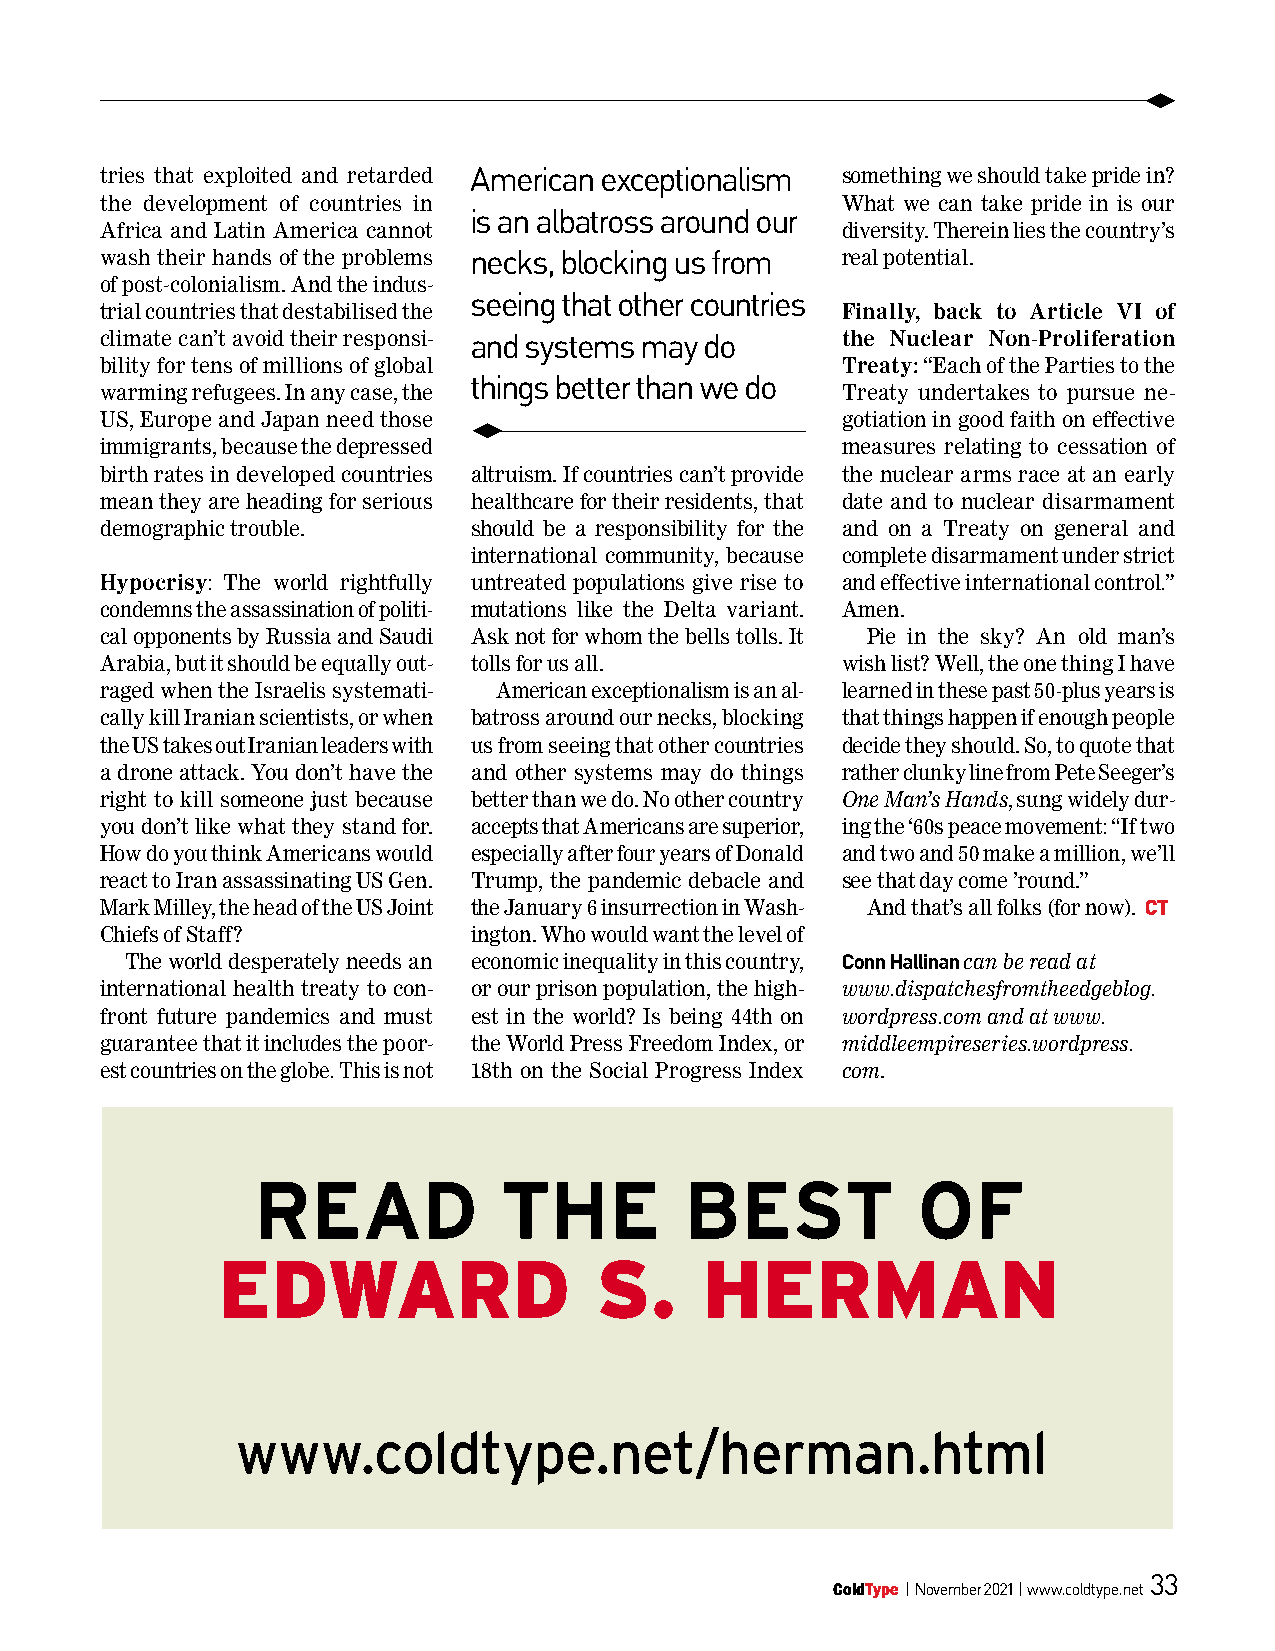
u
 tries that exploited and retarded american exceptionalism something we should take pride in?
 the development of countries in                  What we can take pride in is our
 is an albatross around our
 Africa and Latin America cannot                  diversity. Therein lies the country’s
 wash their hands of the problems necks, blocking us from real potential.
 of post-colonialism. And the indus-
 seeing that other countries
 trial countries that destabilised the            Finally, back to Article VI of
 climate can’t avoid their responsi- and systems may do the Nuclear Non-Proliferation
 bility for tens of millions of global            Treaty: “Each of the Parties to the
 things better than we do
 warming refugees. In any case, the               Treaty undertakes to pursue ne-
 US, Europe and Japan need those                  gotiation in good faith on effective
 u
 immigrants, because the depressed                measures relating to cessation of
 birth rates in developed countries altruism. If countries can’t provide the nuclear arms race at an early
 mean they are heading for serious healthcare for their residents, that date and to nuclear disarmament
 demographic trouble.    should be a responsibility for the and on a Treaty on general and
 international community, because complete disarmament under strict
 Hypocrisy: The world rightfully untreated populations give rise to and effective international control.”
 condemns the assassination of politi- mutations like the Delta variant. Amen.
 cal opponents by Russia and Saudi Ask not for whom the bells tolls. It Pie in the sky? An old man’s
 Arabia, but it should be equally out- tolls for us all. wish list? Well, the one thing I have
 raged when the Israelis systemati- American exceptionalism is an al- learned in these past 50-plus years is
 cally kill Iranian scientists, or when batross around our necks, blocking that things happen if enough people
 the US takes out Iranian leaders with us from seeing that other countries decide they should. So, to quote that
 a drone attack. You don’t have the and other systems may do things rather clunky line from Pete Seeger’s
 right to kill someone just because better than we do. No other country One Man’s Hands, sung widely dur-
 you don’t like what they stand for. accepts that Americans are superior, ing the ‘60s peace movement: “If two
 How do you think Americans would especially after four years of Donald and two and 50 make a million, we’ll
 react to Iran assassinating US Gen. Trump, the pandemic debacle and see that day come ’round.”
 Mark Milley, the head of the US Joint the January 6 insurrection in Wash- And that’s all folks (for now). CT
 Chiefs of Staff?        ington. Who would want the level of
 The world desperately needs an economic inequality in this country, Conn Hallinan can be read at
 international health treaty to con- or our prison population, the high- www.dispatchesfromtheedgeblog.
 front future pandemics and must est in the world? Is being 44th on wordpress.com and at www.
 guarantee that it includes the poor- the World Press Freedom Index, or middleempireseries.wordpress.
 est countries on the globe. This is not 18th on the Social Progress Index com.
 Read            the         best            of
 edward                   S.     Herman
 www.coldtype.net/herman.html
 33
 ColdType | november 2021 | www.coldtype.net